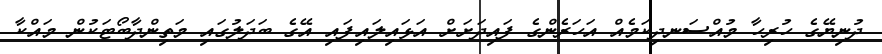
ދުނިޔޭގެ ހުރިހާ މުއްސަނދިކަމެއް އަހަރެންގެ ފައިދަށަށް އަޅައިލައިފައި އޭގެ ބަދަލުގައި މަތިންދާބޯޓަކުން މައްކާ